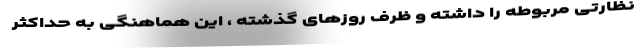
نظارتی مربوطه را داشته و ظرف روزهای گذشته ، این هماهنگی به حداکثر